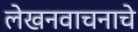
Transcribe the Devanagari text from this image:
लेखनवाचनाचे